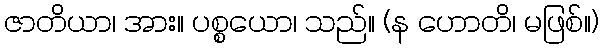
ဇာတိယာ၊ အား။ ပစ္စယော၊ သည်။ (န ဟောတိ၊ မဖြစ်။)